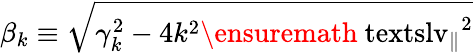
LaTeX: \beta_{k}\equiv\sqrt{\smash[b]{\gamma_{k}^{2}}-\smash[b]{4k^{2}\ensuremath{\mathrm{\ textsl{v}}_{\parallel}}^{2}}}